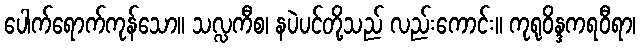
ပေါက်ရောက်ကုန်သော။ သလ္လကီစ၊ နပဲပင်တို့သည် လည်းကောင်း။ ကုရုဝိန္ဒကရဝီရာ၊